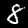
Label: 8